Sleeping sickness
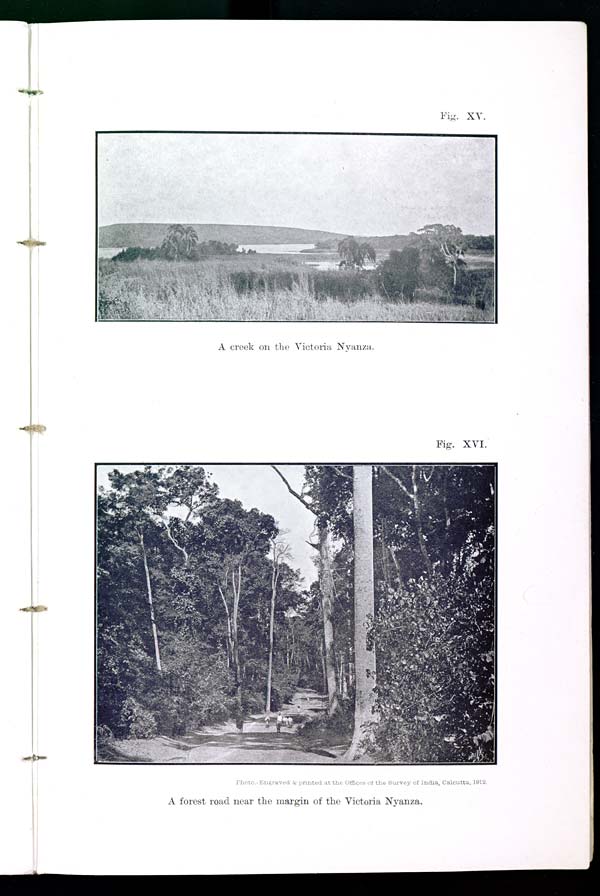
Fig. XV.
A creek on the Victoria Nyanza.
Fig. XVI.
Photo.-Engraved & printed at the Offices of the Survey of India, Calcutta, 1912.
A forest road near the margin of the Victoria Nyanza.